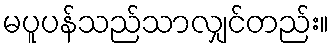
မပူပန်သည်သာလျှင်တည်း။